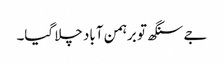
جے سنگھ تو برہمن آباد چلا گیا۔